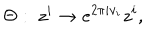
\Theta : \; z ^ { i } \rightarrow e ^ { 2 \pi i v _ { i } } z ^ { i } ,